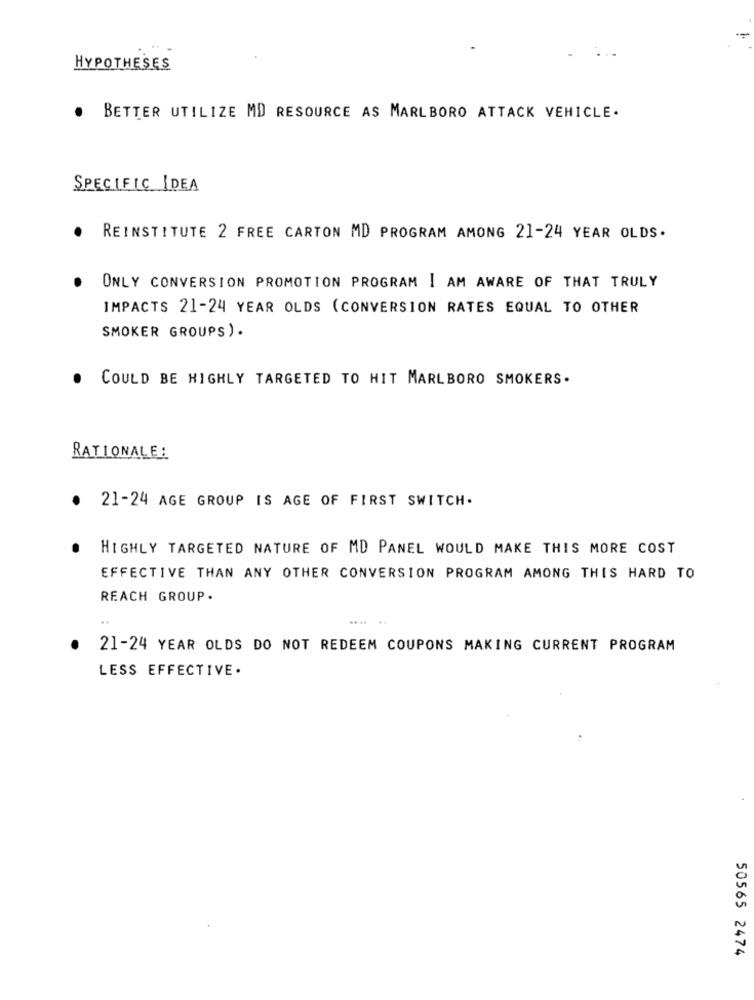
HYPOTHESES
.
BETTER UTILIZE MD RESOURCE AS MARLBORO ATTACK VEHICLE.
SPECIFIC IDEA
REINSTITUTE 2 FREE CARTON MD PROGRAM AMONG 21-24 YEAR OLDS.
ONLY CONVERSION PROMOTION PROGRAM I AM AWARE OF THAT TRULY
IMPACTS 21-24 YEAR OLDS (CONVERSION RATES EQUAL TO OTHER
SMOKER GROUPS) .
. COULD BE HIGHLY TARGETED TO HIT MARLBORO SMOKERS.
RATIONALE:
21-24 AGE GROUP IS AGE OF FIRST SWITCH.
HIGHLY TARGETED NATURE OF MD PANEL WOULD MAKE THIS MORE COST
EFFECTIVE THAN ANY OTHER CONVERSION PROGRAM AMONG THIS HARD TO
REACH GROUP.
.... ..
21-24 YEAR OLDS DO NOT REDEEM COUPONS MAKING CURRENT PROGRAM
LESS EFFECTIVE.
50565 2474